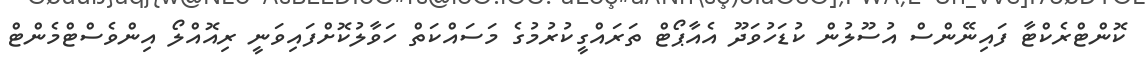
ކޮންޓްރެކްޓާ ފައިނޭންސް އުސޫލުން ކުޑަހުވަދޫ އެއާޕޯޓް ތަރައްގީކުރުމުގެ މަސައްކަތް ހަވާލުކޮށްފައިވަނީ ރިއޮއްލޯ އިންވެސްޓްމެންޓް